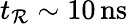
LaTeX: t_{\mathcal{R}}\sim10\, \mathrm{{ns}}